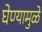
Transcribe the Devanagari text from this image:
घेण्यामुळे